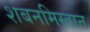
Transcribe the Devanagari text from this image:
शबनमिस्तान